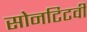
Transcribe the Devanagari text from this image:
सोनटिटवी